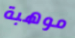
موهبة